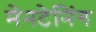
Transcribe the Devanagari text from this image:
मेनटेनिंग